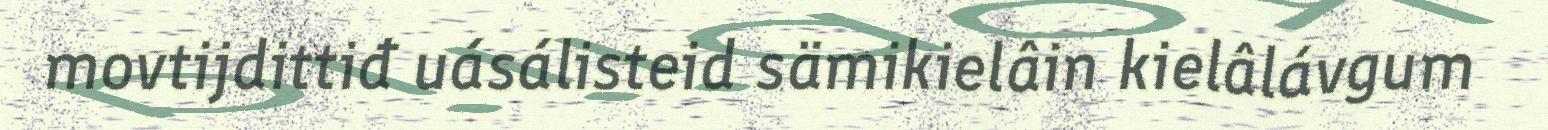
movtijdittiđ uásálisteid sämikielâin kielâlávgum